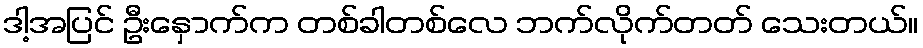
ဒါ့အပြင် ဦးနှောက်က တစ်ခါတစ်လေ ဘက်လိုက်တတ် သေးတယ်။